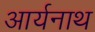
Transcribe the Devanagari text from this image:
आर्यनाथ